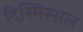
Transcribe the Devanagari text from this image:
दिस्मिस्सल